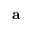
\mathbf { a }